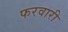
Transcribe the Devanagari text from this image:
फरवारी